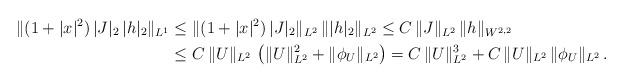
LaTeX: \begin{align*} \| (1+|x|^2) \, |J|_2 \, |h|_2 \|_{L^1} &\leq \| (1+|x|^2) \, |J|_2 \|_{L^2} \, \| |h|_2 \|_{L^2} \leq C \, \| J \|_{L^2} \, \| h \|_{W^{2,2}} \\ &\leq C \, \| U \|_{L^2} \, \left( \| U \|_{L^2}^2 + \| \phi_{U} \|_{L^2} \right) = C\,\| U\|_{L^2}^3+C\,\|U\|_{L^2}\,\|\phi_{U}\|_{L^2} \, .\end{align*}